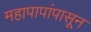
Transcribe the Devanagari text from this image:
महापापांपासून